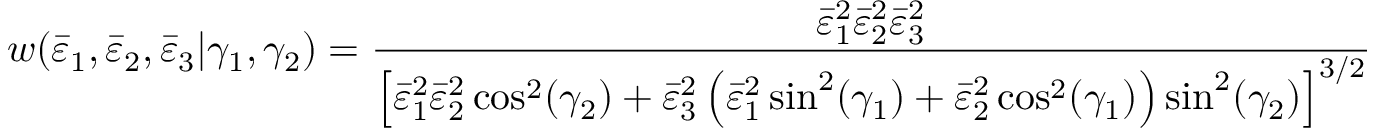
w ( \bar { \varepsilon } _ { 1 } , \bar { \varepsilon } _ { 2 } , \bar { \varepsilon } _ { 3 } | \gamma _ { 1 } , \gamma _ { 2 } ) = \frac { \bar { \varepsilon } _ { 1 } ^ { 2 } \bar { \varepsilon } _ { 2 } ^ { 2 } \bar { \varepsilon } _ { 3 } ^ { 2 } } { \left[ \bar { \varepsilon } _ { 1 } ^ { 2 } \bar { \varepsilon } _ { 2 } ^ { 2 } \cos ^ { 2 } ( \gamma _ { 2 } ) + \bar { \varepsilon } _ { 3 } ^ { 2 } \left( \bar { \varepsilon } _ { 1 } ^ { 2 } \sin ^ { 2 } ( \gamma _ { 1 } ) + \bar { \varepsilon } _ { 2 } ^ { 2 } \cos ^ { 2 } ( \gamma _ { 1 } ) \right) \sin ^ { 2 } ( \gamma _ { 2 } ) \right] ^ { 3 / 2 } }